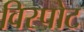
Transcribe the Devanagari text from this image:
विस्पोट